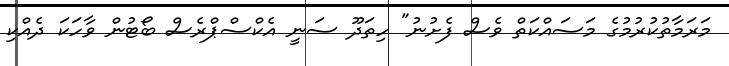
މަރަމާތުކުރުމުގެ މަސައްކަތް ވެސް ފެށުނު" ހިތަދޫ ސަނީ އެކްސްޕްރެސް ބޯޓުން ވާހަކަ ދެއްކި